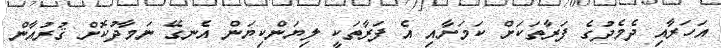
އަހަރާއި ދެމެދުގެ ފަރާތަކަށް ކަމަށާއި އެ ފަރާތަކީ ލިޔަންކިޔަން އެނގޭ ނަމާދުކޮށް ޤުރުއާން